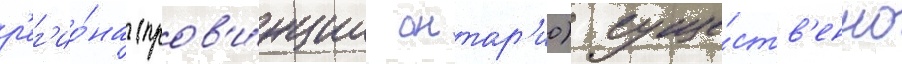
р'ег'ио́на (пров'и́нции онтар'ио) суще́ств'енно